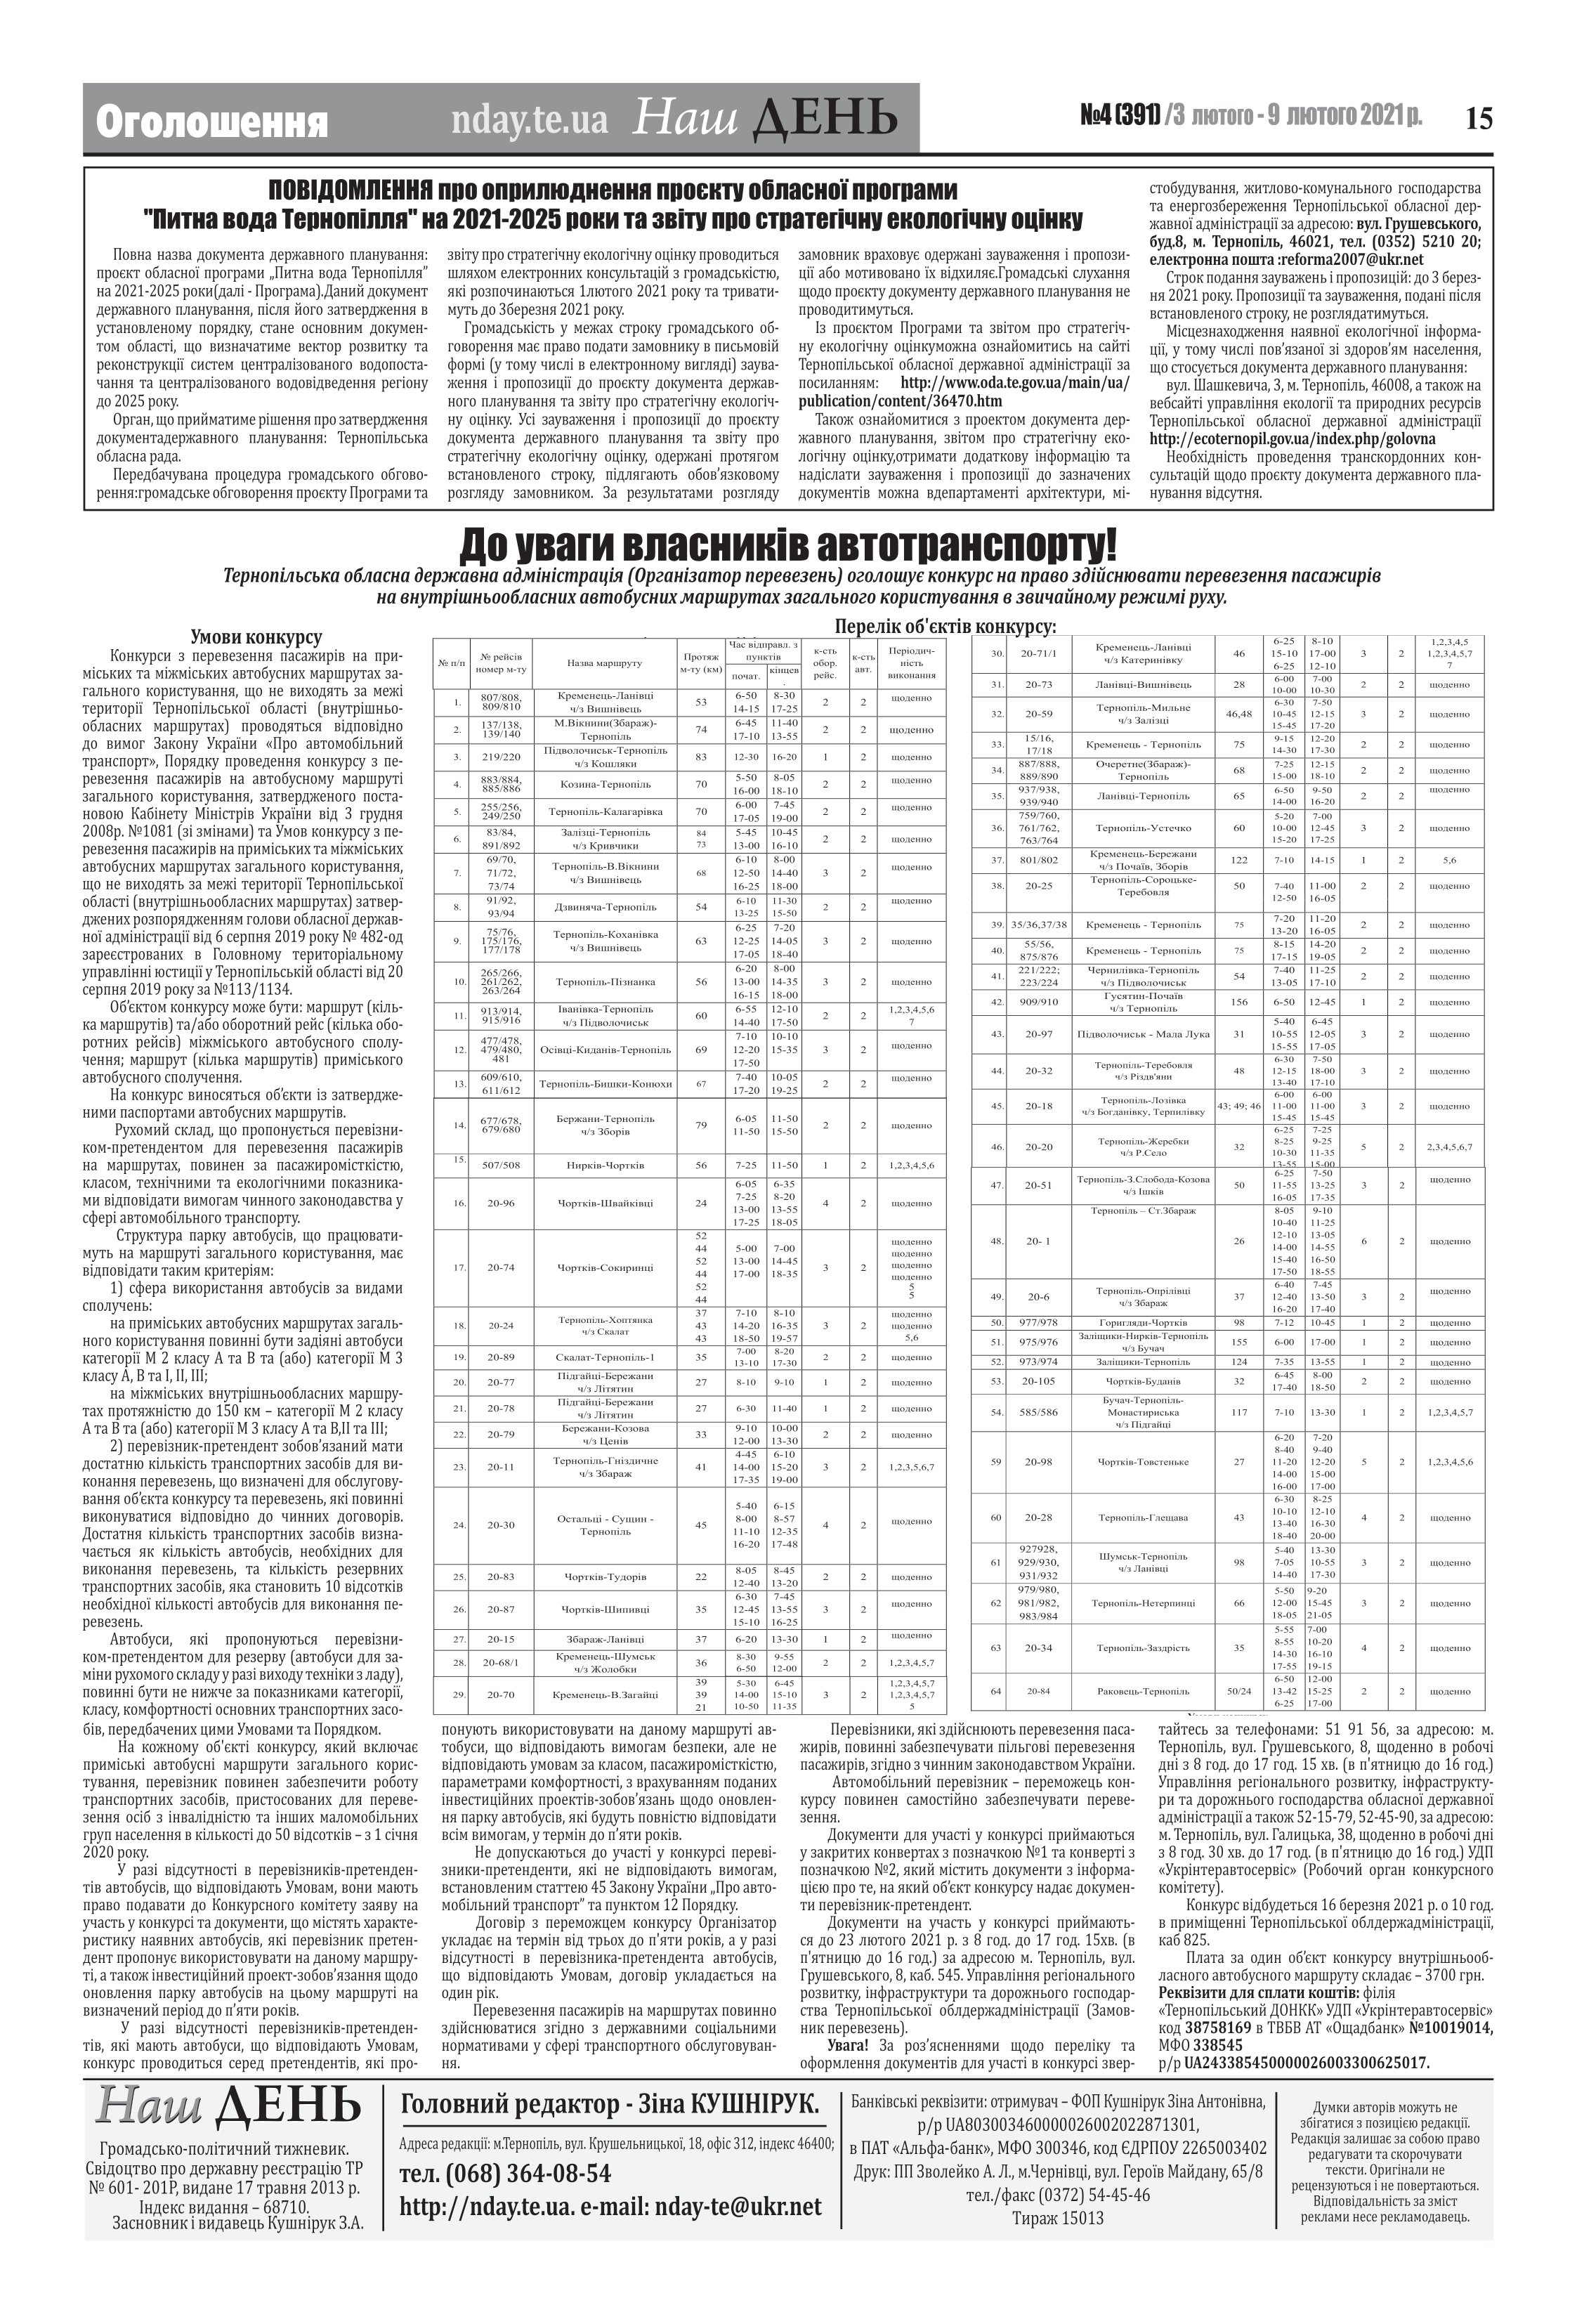
Language: uk